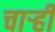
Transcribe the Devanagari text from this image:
चार्‍ही